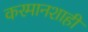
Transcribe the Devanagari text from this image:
करमानशाही